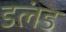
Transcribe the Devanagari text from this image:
डलंड